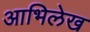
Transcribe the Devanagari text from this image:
आभिलेख